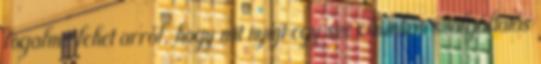
fogalma lehet arról, hogy mit nyújt egy szexmunkás szolgáltatás